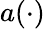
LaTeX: a(\cdot)